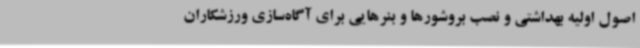
اصول اولیه بهداشتی و نصب بروشورها و بنرهایی برای آگاه‌سازی ورزشکاران